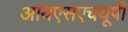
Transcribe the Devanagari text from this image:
आयएसएचयूपी